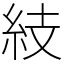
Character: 𥿔